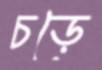
চড়ে